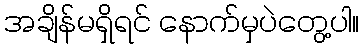
အချိန်မရှိရင် နောက်မှပဲတွေ့ပါ။